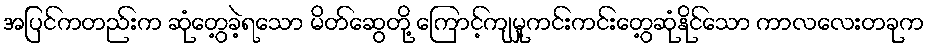
အပြင်ကတည်းက ဆုံတွေ့ခဲ့ရသော မိတ်ဆွေတို့ ကြောင့်ကျမှု့ကင်းကင်းတွေ့ဆုံနိုင်သော ကာလလေးတခုက